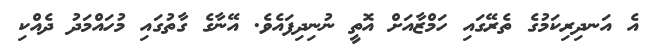
އެ އަނދިރިކަމުގެ ތެރޭގައި ހަމްޒާއަށް އޮތީ ނުނިދިފައެވެ. އޭނާގެ ގާތުގައި މުހައްމަދު ދެއްކި